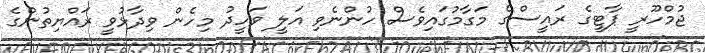
ޖުމްހޫރީ ޕާޓީގެ ރައީސްގެ މަގާމުގައިވެސް ހުންނެވި އަލީ ވަހީދު މިހެން ވިދާޅުވީ ރައްޔިތުންގެ